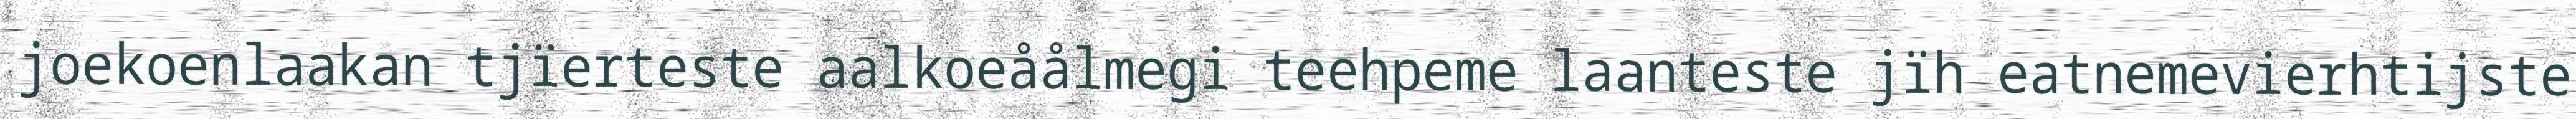
joekoenlaakan tjïerteste aalkoeåålmegi teehpeme laanteste jïh eatnemevierhtijste